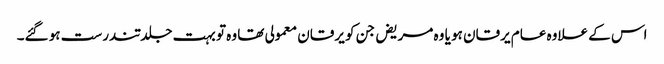
اس کے علاوہ عام یرقان ہو یا وہ مریض جن کو یرقان معمولی تھا وہ تو بہت جلد تندرست ہو گئے۔